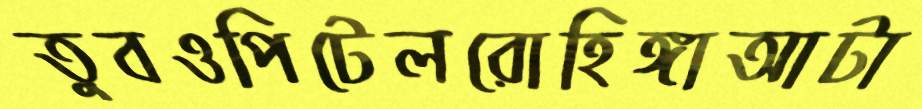
তুবওপিটেলরোহিঙ্গাআটা